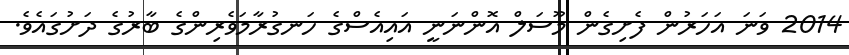
2014 ވަނަ އަހަރުން ފެށިގެން މޫސަލް އޮންނަނީ އައިއެސްގެ ހަނގުރާމަވެރިންގެ ބާރުގެ ދަށުގައެވެ.